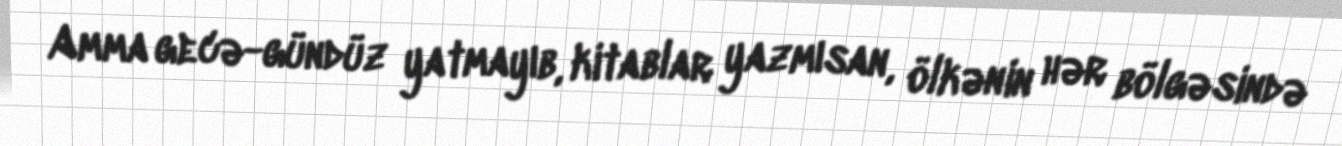
Amma gecə-gündüz yatmayıb, kitablar yazmısan, ölkənin hər bölgəsində